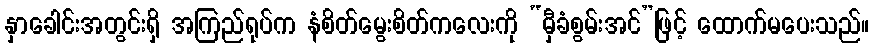
နှာခေါင်းအတွင်းရှိ အကြည်ရုပ်က နံစိတ်မွေးစိတ်ကလေးကို “မှီခံစွမ်းအင်”ဖြင့် ထောက်မပေးသည်။